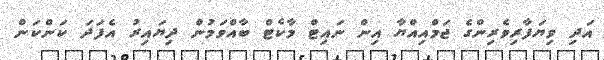
އަދި ވިޔަފާރިވެރިންގެ ޖަމްއިއްޔާ އިން ނައިޓް މާކެޓް ބާއްވަމުން ދިޔައިރު އެފަދަ ކަންކަން